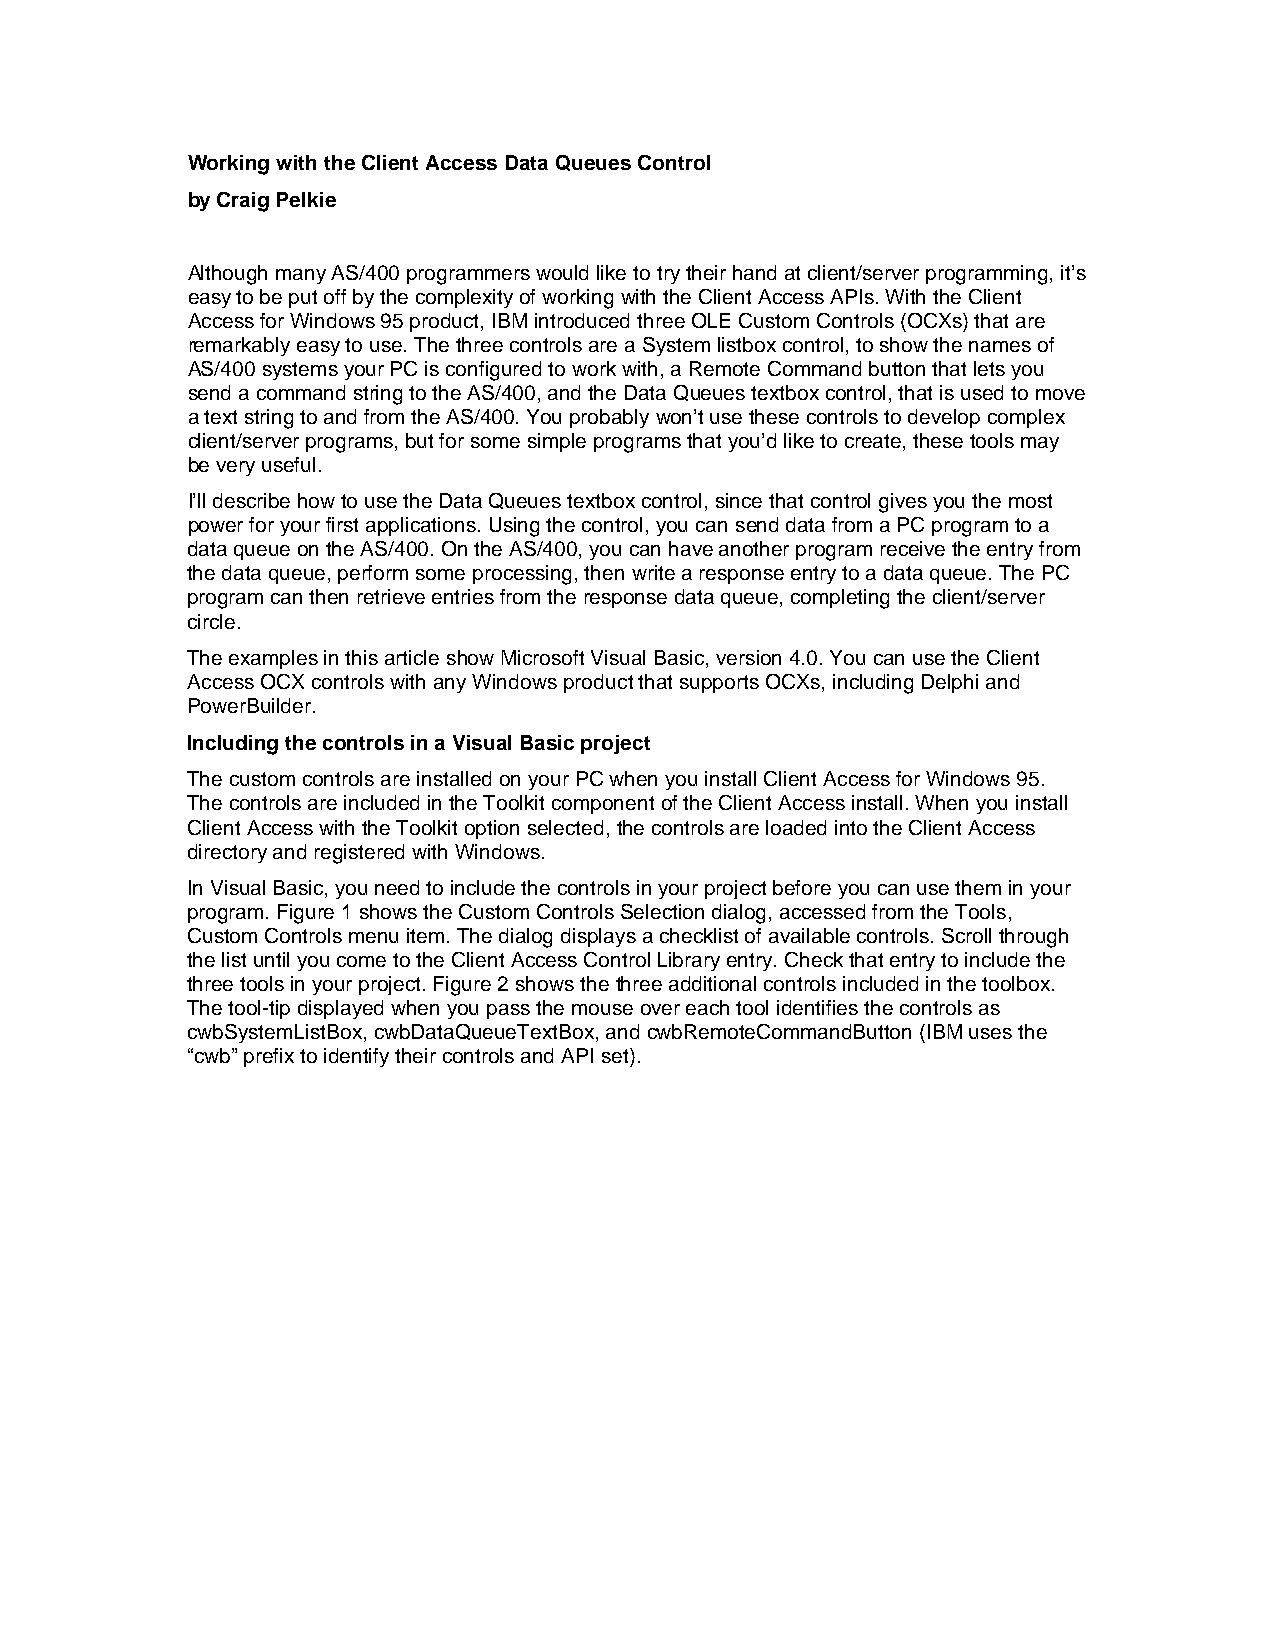
Working with the Client Access Data Queues Control
 by Craig Pelkie
 Although many AS/400 programmers would like to try their hand at client/server programming, it’s
 easy to be put off by the complexity of working with the Client Access APIs. With the Client
 Access for Windows 95 product, IBM introduced three OLE Custom Controls (OCXs) that are
 remarkably easy to use. The three controls are a System listbox control, to show the names of
 AS/400 systems your PC is configured to work with, a Remote Command button that lets you
 send a command string to the AS/400, and the Data Queues textbox control, that is used to move
 a text string to and from the AS/400. You probably won’t use these controls to develop complex
 client/server programs, but for some simple programs that you’d like to create, these tools may
 be very useful.
 I’ll describe how to use the Data Queues textbox control, since that control gives you the most
 power for your first applications. Using the control, you can send data from a PC program to a
 data queue on the AS/400. On the AS/400, you can have another program receive the entry from
 the data queue, perform some processing, then write a response entry to a data queue. The PC
 program can then retrieve entries from the response data queue, completing the client/server
 circle.
 The examples in this article show Microsoft Visual Basic, version 4.0. You can use the Client
 Access OCX controls with any Windows product that supports OCXs, including Delphi and
 PowerBuilder.
 Including the controls in a Visual Basic project
 The custom controls are installed on your PC when you install Client Access for Windows 95.
 The controls are included in the Toolkit component of the Client Access install. When you install
 Client Access with the Toolkit option selected, the controls are loaded into the Client Access
 directory and registered with Windows.
 In Visual Basic, you need to include the controls in your project before you can use them in your
 program. Figure 1 shows the Custom Controls Selection dialog, accessed from the Tools,
 Custom Controls menu item. The dialog displays a checklist of available controls. Scroll through
 the list until you come to the Client Access Control Library entry. Check that entry to include the
 three tools in your project. Figure 2 shows the three additional controls included in the toolbox.
 The tool-tip displayed when you pass the mouse over each tool identifies the controls as
 cwbSystemListBox, cwbDataQueueTextBox, and cwbRemoteCommandButton (IBM uses the
 “cwb” prefix to identify their controls and API set).